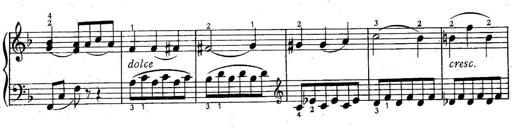
Title: 6 Easy Sonatinas
Composer: Carl Czerny